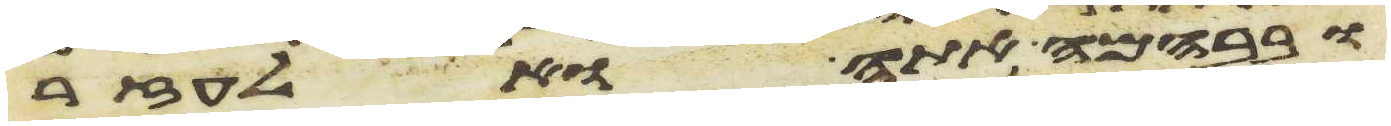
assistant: ובבהמה אתה ואלעזר